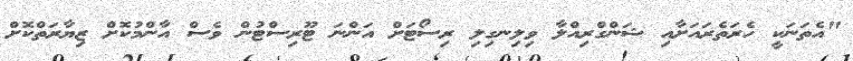
"އެތަނަކީ ހެރަތެރައަށާއި ޝަންގްރިއްލާ ވިލިނގިލި ރިސޯޓަށް އަންނަ ޓޫރިސްޓުން ވެސް އާންމުކޮށް ޒިޔާރަތްކޮށް